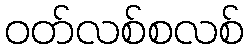
ဝတ်လစ်စလစ်